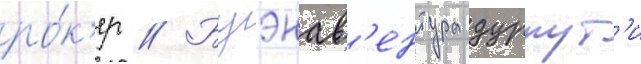
ро́к'ер // Буэнав'ентура дуррут'и